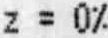
Z = 0%